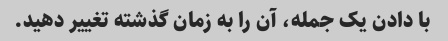
با دادن یک جمله، آن را به زمان گذشته تغییر دهید.